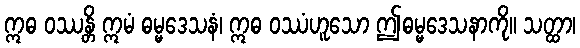
ဣဓ ဝဿန္တိ ဣမံ ဓမ္မဒေသနံ၊ ဣဓ ဝဿံဟူသော ဤဓမ္မဒေသနာကို။ သတ္ထာ၊